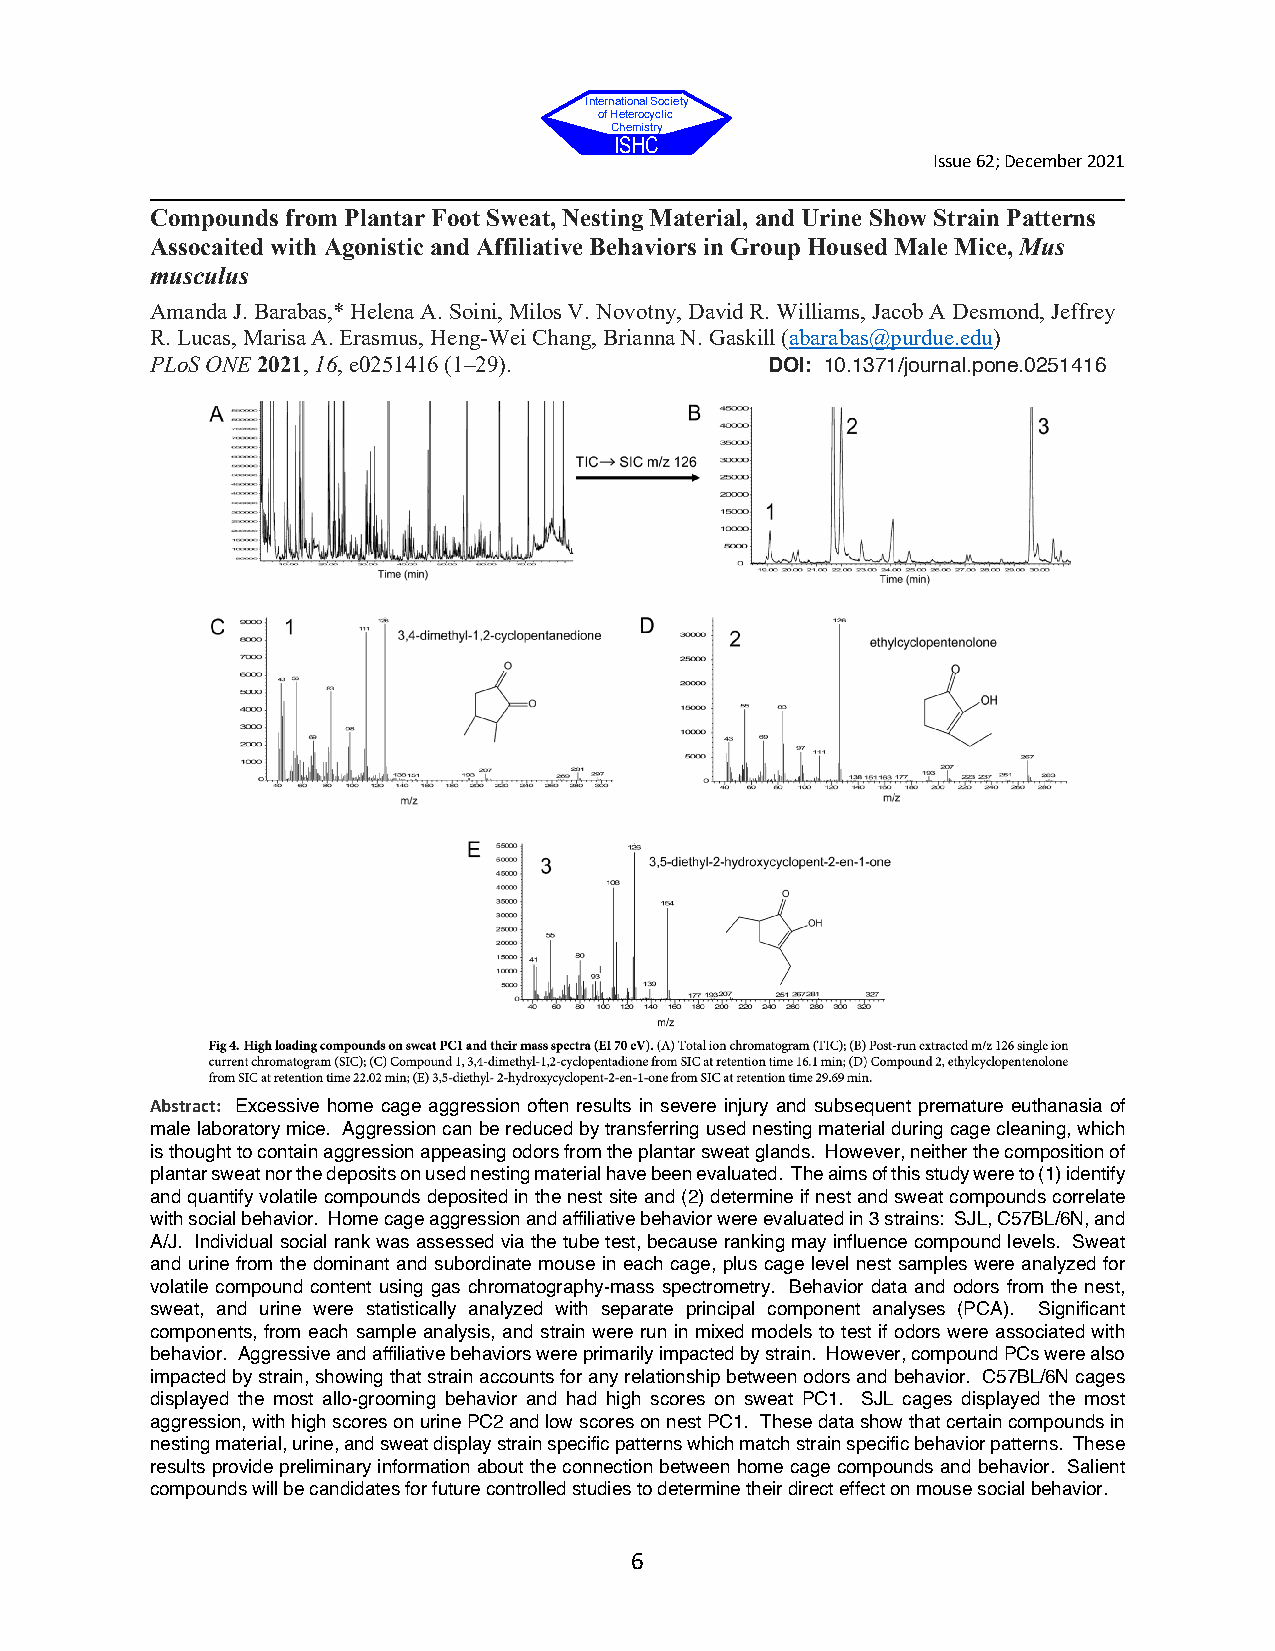
International Society
 of Heterocyclic
 Chemistry
 ISHC
 Issue 62; December 2021
 Compounds from Plantar Foot Sweat, Nesting Material, and Urine Show Strain Patterns
 Assocaited with Agonistic and Affiliative Behaviors in Group Housed Male Mice, Mus
 musculus
 Amanda J. Barabas,* Helena A. Soini, Milos V. Novotny, David R. Williams, Jacob A Desmond, Jeffrey
 R. Lucas, Marisa A. Erasmus, Heng-Wei Chang, Brianna N. Gaskill (abarabas@purdue.edu)
 PLoS ONE 2021, 16, e0251416 (1–29).      DOI: 10.1371/journal.pone.0251416
 Abstract: Excessive home cage aggression often results in severe injury and subsequent premature euthanasia of
 male laboratory mice. Aggression can be reduced by transferring used nesting material during cage cleaning, which
 is thought to contain aggression appeasing odors from the plantar sweat glands. However, neither the composition of
 plantar sweat nor the deposits on used nesting material have been evaluated. The aims of this study were to (1) identify
 and quantify volatile compounds deposited in the nest site and (2) determine if nest and sweat compounds correlate
 with social behavior. Home cage aggression and affiliative behavior were evaluated in 3 strains: SJL, C57BL/6N, and
 A/J. Individual social rank was assessed via the tube test, because ranking may influence compound levels. Sweat
 and urine from the dominant and subordinate mouse in each cage, plus cage level nest samples were analyzed for
 volatile compound content using gas chromatography-mass spectrometry. Behavior data and odors from the nest,
 sweat, and urine were statistically analyzed with separate principal component analyses (PCA). Significant
 components, from each sample analysis, and strain were run in mixed models to test if odors were associated with
 behavior. Aggressive and affiliative behaviors were primarily impacted by strain. However, compound PCs were also
 impacted by strain, showing that strain accounts for any relationship between odors and behavior. C57BL/6N cages
 displayed the most allo-grooming behavior and had high scores on sweat PC1. SJL cages displayed the most
 aggression, with high scores on urine PC2 and low scores on nest PC1. These data show that certain compounds in
 nesting material, urine, and sweat display strain specific patterns which match strain specific behavior patterns. These
 results provide preliminary information about the connection between home cage compounds and behavior. Salient
 compounds will be candidates for future controlled studies to determine their direct effect on mouse social behavior.
 6